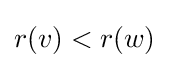
r(v)<r(w)